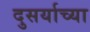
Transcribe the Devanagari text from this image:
दुसर्याच्या